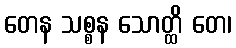
တေန သစ္စန သောတ္ထိ တေ၊